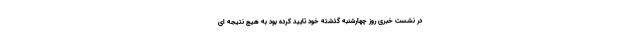
در نشست خبری روز چهارشنبه گذشته خود تایید کرده بود به هیچ نتیجه ای